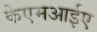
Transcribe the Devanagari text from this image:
केएमआईए